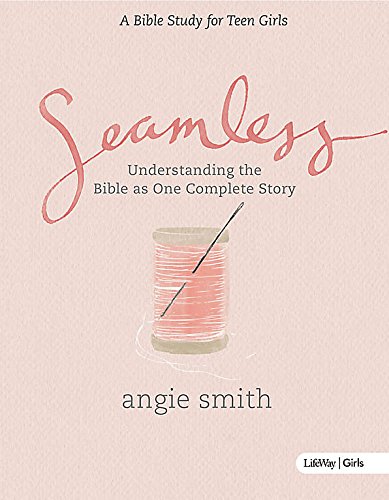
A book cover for Seamless: Student Edition (Member Book); Angie Smith; Christian Books & Bibles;